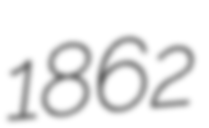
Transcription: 1862